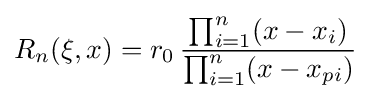
R_{n}(\xi ,x)=r_{0}\,{\frac {\prod _{i=1}^{n}(x-x_{i})}{\prod _{i=1}^{n}(x-x_{pi})}}